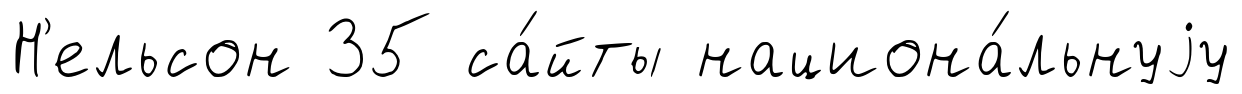
Н'ельсон 35 са́йты национа́льнуjу